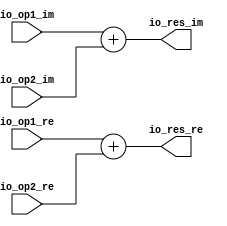
module ComplexAdd(
  input  [31:0] io_op1_re,
  input  [31:0] io_op1_im,
  input  [31:0] io_op2_re,
  input  [31:0] io_op2_im,
  output [31:0] io_res_re,
  output [31:0] io_res_im
);
  assign io_res_re = $signed(io_op1_re) + $signed(io_op2_re); // @[Butterfly.scala 21:13]
  assign io_res_im = $signed(io_op1_im) + $signed(io_op2_im); // @[Butterfly.scala 22:13]
endmodule
module ComplexSub(
  input  [31:0] io_op1_re,
  input  [31:0] io_op1_im,
  input  [31:0] io_op2_re,
  input  [31:0] io_op2_im,
  output [31:0] io_res_re,
  output [31:0] io_res_im
);
  assign io_res_re = $signed(io_op1_re) - $signed(io_op2_re); // @[Butterfly.scala 35:13]
  assign io_res_im = $signed(io_op1_im) - $signed(io_op2_im); // @[Butterfly.scala 36:13]
endmodule
module ComplexMul(
  input  [31:0] io_op1_re,
  input  [31:0] io_op1_im,
  input  [31:0] io_op2_re,
  input  [31:0] io_op2_im,
  output [31:0] io_res_re,
  output [31:0] io_res_im
);
  wire [63:0] _T = $signed(io_op1_re) * $signed(io_op2_re); // @[Butterfly.scala 57:28]
  wire [63:0] _T_1 = $signed(io_op1_im) * $signed(io_op2_im); // @[Butterfly.scala 57:52]
  wire [63:0] _T_4 = $signed(_T) - $signed(_T_1); // @[Butterfly.scala 57:40]
  wire [63:0] _T_5 = $signed(io_op1_re) * $signed(io_op2_im); // @[Butterfly.scala 58:28]
  wire [63:0] _T_6 = $signed(io_op1_im) * $signed(io_op2_re); // @[Butterfly.scala 58:52]
  wire [63:0] _T_9 = $signed(_T_5) + $signed(_T_6); // @[Butterfly.scala 58:40]
  wire [47:0] _GEN_0 = _T_4[63:16]; // @[Butterfly.scala 57:15]
  wire [47:0] _GEN_2 = _T_9[63:16]; // @[Butterfly.scala 58:15]
  assign io_res_re = _GEN_0[31:0]; // @[Butterfly.scala 57:15]
  assign io_res_im = _GEN_2[31:0]; // @[Butterfly.scala 58:15]
endmodule
module Butterfly(
  input         clock,
  input         reset,
  input  [31:0] io_in1_re,
  input  [31:0] io_in1_im,
  input  [31:0] io_in2_re,
  input  [31:0] io_in2_im,
  input  [31:0] io_wn_re,
  input  [31:0] io_wn_im,
  output [31:0] io_out1_re,
  output [31:0] io_out1_im,
  output [31:0] io_out2_re,
  output [31:0] io_out2_im
);
  wire [31:0] ComplexAdd_io_op1_re; // @[Butterfly.scala 26:22]
  wire [31:0] ComplexAdd_io_op1_im; // @[Butterfly.scala 26:22]
  wire [31:0] ComplexAdd_io_op2_re; // @[Butterfly.scala 26:22]
  wire [31:0] ComplexAdd_io_op2_im; // @[Butterfly.scala 26:22]
  wire [31:0] ComplexAdd_io_res_re; // @[Butterfly.scala 26:22]
  wire [31:0] ComplexAdd_io_res_im; // @[Butterfly.scala 26:22]
  wire [31:0] ComplexSub_io_op1_re; // @[Butterfly.scala 40:22]
  wire [31:0] ComplexSub_io_op1_im; // @[Butterfly.scala 40:22]
  wire [31:0] ComplexSub_io_op2_re; // @[Butterfly.scala 40:22]
  wire [31:0] ComplexSub_io_op2_im; // @[Butterfly.scala 40:22]
  wire [31:0] ComplexSub_io_res_re; // @[Butterfly.scala 40:22]
  wire [31:0] ComplexSub_io_res_im; // @[Butterfly.scala 40:22]
  wire [31:0] ComplexMul_io_op1_re; // @[Butterfly.scala 63:22]
  wire [31:0] ComplexMul_io_op1_im; // @[Butterfly.scala 63:22]
  wire [31:0] ComplexMul_io_op2_re; // @[Butterfly.scala 63:22]
  wire [31:0] ComplexMul_io_op2_im; // @[Butterfly.scala 63:22]
  wire [31:0] ComplexMul_io_res_re; // @[Butterfly.scala 63:22]
  wire [31:0] ComplexMul_io_res_im; // @[Butterfly.scala 63:22]
  ComplexAdd ComplexAdd ( // @[Butterfly.scala 26:22]
    .io_op1_re(ComplexAdd_io_op1_re),
    .io_op1_im(ComplexAdd_io_op1_im),
    .io_op2_re(ComplexAdd_io_op2_re),
    .io_op2_im(ComplexAdd_io_op2_im),
    .io_res_re(ComplexAdd_io_res_re),
    .io_res_im(ComplexAdd_io_res_im)
  );
  ComplexSub ComplexSub ( // @[Butterfly.scala 40:22]
    .io_op1_re(ComplexSub_io_op1_re),
    .io_op1_im(ComplexSub_io_op1_im),
    .io_op2_re(ComplexSub_io_op2_re),
    .io_op2_im(ComplexSub_io_op2_im),
    .io_res_re(ComplexSub_io_res_re),
    .io_res_im(ComplexSub_io_res_im)
  );
  ComplexMul ComplexMul ( // @[Butterfly.scala 63:22]
    .io_op1_re(ComplexMul_io_op1_re),
    .io_op1_im(ComplexMul_io_op1_im),
    .io_op2_re(ComplexMul_io_op2_re),
    .io_op2_im(ComplexMul_io_op2_im),
    .io_res_re(ComplexMul_io_res_re),
    .io_res_im(ComplexMul_io_res_im)
  );
  assign io_out1_re = ComplexAdd_io_res_re; // @[Butterfly.scala 84:11]
  assign io_out1_im = ComplexAdd_io_res_im; // @[Butterfly.scala 84:11]
  assign io_out2_re = ComplexMul_io_res_re; // @[Butterfly.scala 85:11]
  assign io_out2_im = ComplexMul_io_res_im; // @[Butterfly.scala 85:11]
  assign ComplexAdd_io_op1_re = io_in1_re; // @[Butterfly.scala 27:17]
  assign ComplexAdd_io_op1_im = io_in1_im; // @[Butterfly.scala 27:17]
  assign ComplexAdd_io_op2_re = io_in2_re; // @[Butterfly.scala 28:17]
  assign ComplexAdd_io_op2_im = io_in2_im; // @[Butterfly.scala 28:17]
  assign ComplexSub_io_op1_re = io_in1_re; // @[Butterfly.scala 41:17]
  assign ComplexSub_io_op1_im = io_in1_im; // @[Butterfly.scala 41:17]
  assign ComplexSub_io_op2_re = io_in2_re; // @[Butterfly.scala 42:17]
  assign ComplexSub_io_op2_im = io_in2_im; // @[Butterfly.scala 42:17]
  assign ComplexMul_io_op1_re = ComplexSub_io_res_re; // @[Butterfly.scala 64:17]
  assign ComplexMul_io_op1_im = ComplexSub_io_res_im; // @[Butterfly.scala 64:17]
  assign ComplexMul_io_op2_re = io_wn_re; // @[Butterfly.scala 65:17]
  assign ComplexMul_io_op2_im = io_wn_im; // @[Butterfly.scala 65:17]
endmodule